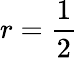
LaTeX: r=\frac 12